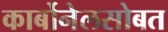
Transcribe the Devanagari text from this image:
कार्बोनेलसोबत